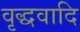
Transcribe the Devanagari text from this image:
वृद्धवादि